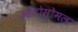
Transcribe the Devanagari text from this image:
ओटोसोमल